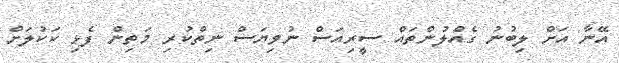
އޭނާ އަށް ލިބުނު ގެއްލުންތައް ސީރިއަސް ނުވިޔަސް ނިތްކުރި މަތިން ފެޅި ކަކުލަށް